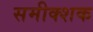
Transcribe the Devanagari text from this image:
समीक्शक